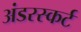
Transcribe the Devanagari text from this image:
अंडरस्कर्ट